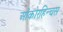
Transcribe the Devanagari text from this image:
ओंकोरहिन्चस